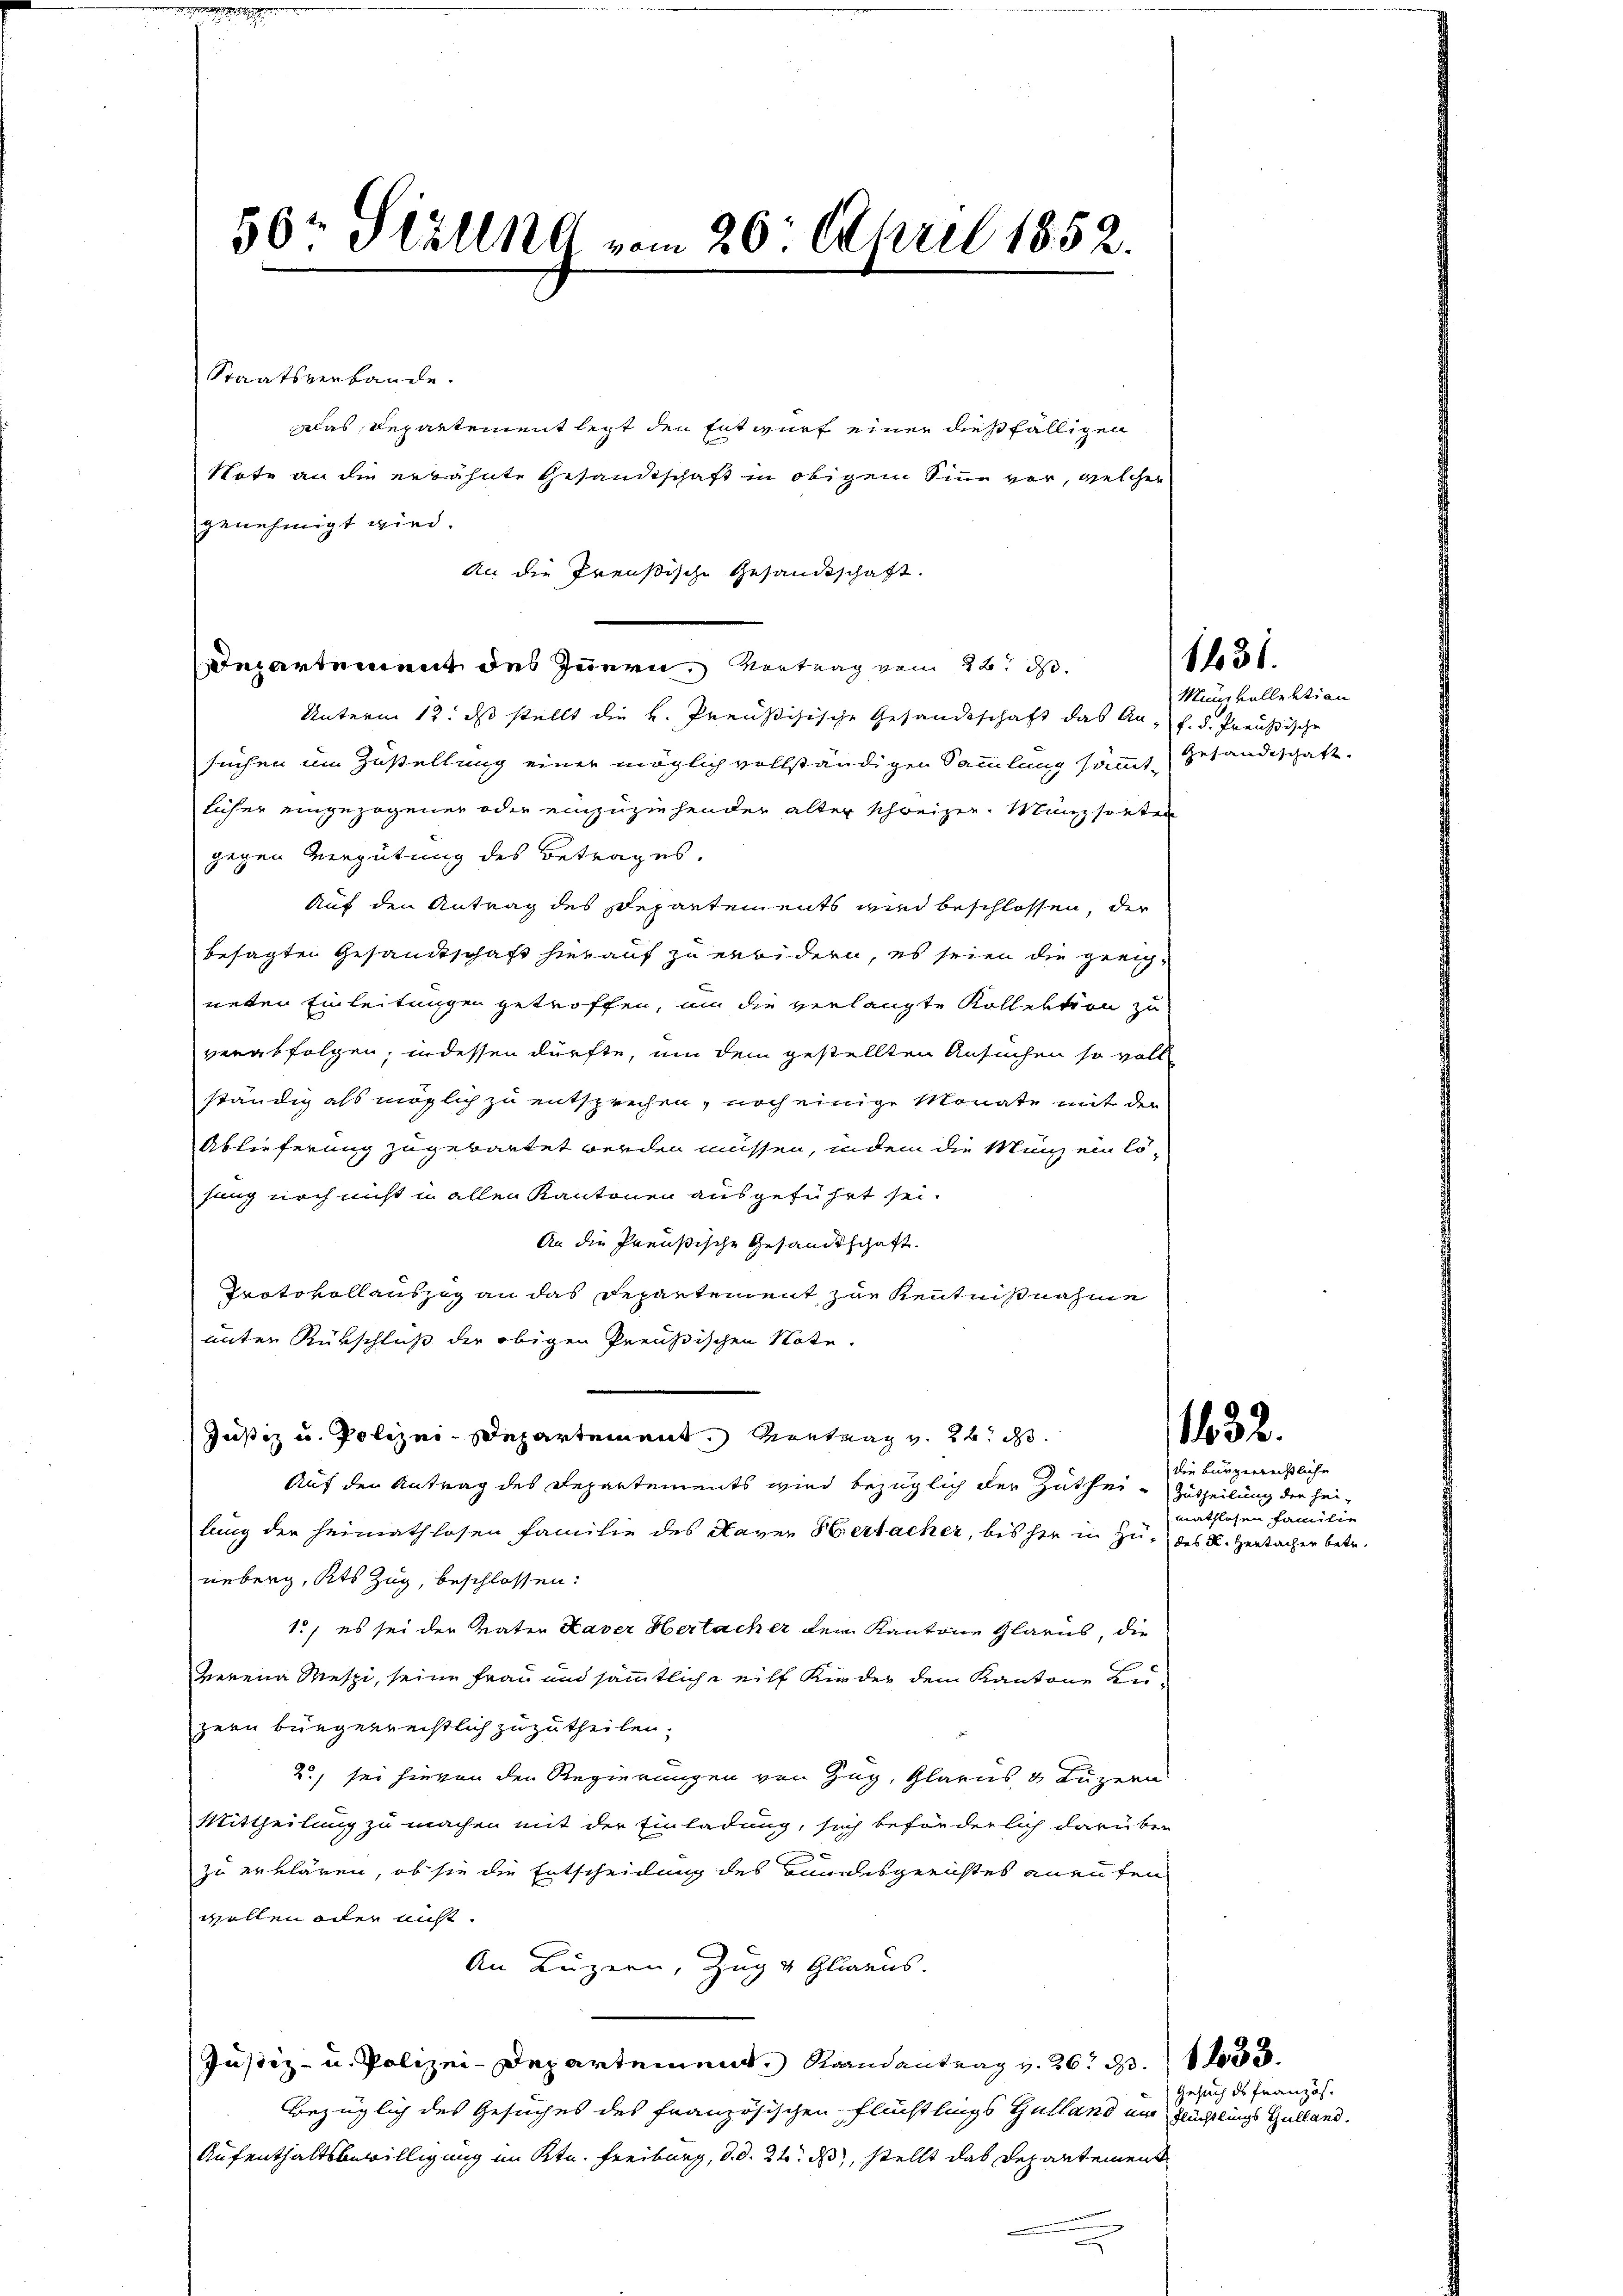
Staatsverbande.
klas Departement legt den Entwurf einer dießfälligen
Note an ein erwähnte Gesandtschaft in obigem Sinn vor, welcher
genehmigt wird.
An die Preußische Gesandtschaft.
Departement des Innern, Vortrag vom 22. d.
Unterm 12. ds stellt die k. Preußisische Gesandtschaft das An- f. d. Preußische
suchen um Zustellung einer möglich vollständigen Sammlung sämmt Gesandtschaft
licher eingezogener oder einzuziehender alter schweizer. Münzsorten
gegen Vergütung des Betrages.
Auf den Antrag des Departements wird beschlossen, der
besagten Gesandtschaft hierauf zu erwidern, es seien die gerichneten Einleitungen getroffen, um die verlangte Kollektion zu
verabfolgen, indessen dürfte, um dem gestellten Ansuchen so voll
ständig als möglich zu entsprechen, noch einige Monate mit der
Ablieferung zugebautet werden müssen, indem die Man ein lö-
sung noch nicht in allen Kantonen ausgeführt sei.
An die Preußische Gesandtschaft.
Protokollauszug an das Departement zur Kenntnißnahme
unter Rückschluß der obigen Preußischen Note.
.
Justiz u. Polizei-Departement. Kontrag v. 22. d.
Auf der Antrag des Departements wird bezüglich der Zuthei- Zutheilung der heilung der Heimathlosen Familie des Naver Hertacher, bis her in zu des K. Hertacher betr.
ueberg, Kts Zug, beschlossen:
1) es sei der Vater Kaver Hertacher dem Kantone Glarus, die
werena Mespi, seine Frau und sämmtliche eilf Kinder dem Kantone Bu-
zern bürgerreistlich zuzutheilen.
2) sei hievon den Regierungen von Zug, Glarus & Luzern
Mittheilung zu machen mit der Einladung, sich beförderlich darüber
zu erklären, ob sie die Entscheidung des Bundesgerichtes anenten
wellen oder nicht.
An Luzern, Zug & Glarus.
Justiz- u. Polizei-Departement Raandantrag v. 26. d. 1 de
Bezüglich des Gesuches des französischen Flüchtlings Gulland ein Früchtlings Gulland.
Aufenthaltsbewilligung im Ktn. Freiburg, d. d. 24. ds, stellt das Departement

50. Ställe vom 20. April 1852.

Munkollektion

die bürgerrechtliche
mathlosen Familie

1631.

1632.

Gesuch ds Französ.